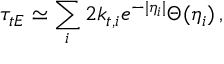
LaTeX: \tau _ { t E } \simeq \sum _ { i } 2 k _ { t , i } e ^ { - | \eta _ { i } | } \Theta ( \eta _ { i } ) \, ,